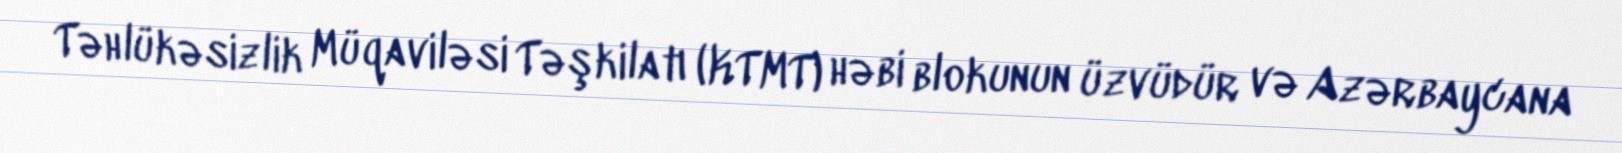
Təhlükəsizlik Müqaviləsi Təşkilatı (KTMT) həbi blokunun üzvüdür və Azərbaycana